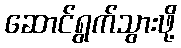
ဆောင်ရွက်သွားဖို့